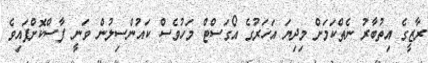
ރާޒީގެ އިތުބާރު ނެތްކަމަށް މިދިޔަ އަހަރުގެ އޯގަސްޓް މަހުވެސް ކައުންސިލުން ވަނީ ފާސްކޮށްފައިވެ